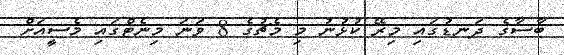
ބާސާގެ ދަނޑުގައި މިރޭ ކުޅުނު މި މެޗުގެ 8 ވަނަ މިނެޓްގައި މެސީއަށް